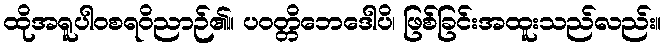
ထိုအရူပါဝစရဝိညာဉ်၏။ ပဝတ္တိဘေဒေါပိ၊ ဖြစ်ခြင်းအထူးသည်လည်း။